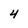
Character: 4